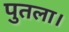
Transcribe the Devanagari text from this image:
पुतला।